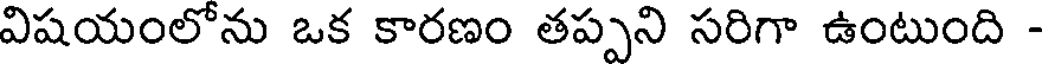
విషయంలోను ఒక కారణం తప్పని సరిగా ఉంటుంది -